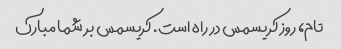
تام، روز کریسمس در راه است. کریسمس بر شما مبارک